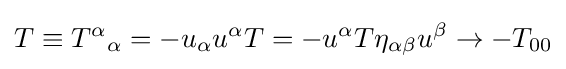
T\equiv {T^{\alpha }}_{\alpha }=-u_{\alpha }u^{\alpha }T=-u^{\alpha }T\eta _{\alpha \beta }u^{\beta }\rightarrow -T_{00}